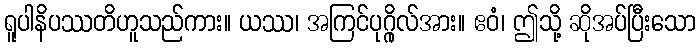
ရူပါနိပဿတိဟူသည်ကား။ ယဿ၊ အကြင်ပုဂ္ဂိုလ်အား။ ဧဝံ၊ ဤသို့ ဆိုအပ်ပြီးသော